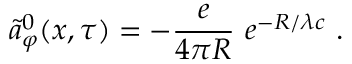
\tilde { a } _ { \varphi } ^ { 0 } ( x , \tau ) = - \frac { e } { 4 \pi R } \ e ^ { - R / \lambda c } \ .